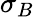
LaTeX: \sigma_{B}